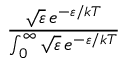
\frac { { \sqrt { \varepsilon } } \, e ^ { - \varepsilon / k T } } { \int _ { 0 } ^ { \infty } { \sqrt { \varepsilon } } \, e ^ { - \varepsilon / k T } }